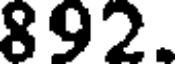
892.